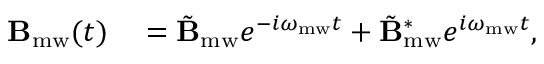
\begin{array} { r l } { \mathbf { B } _ { \mathrm { m w } } ( t ) } & { { } = \tilde { \mathbf { B } } _ { \mathrm { m w } } e ^ { - i \omega _ { \mathrm { m w } } t } + \tilde { \mathbf { B } } _ { \mathrm { m w } } ^ { * } e ^ { i \omega _ { \mathrm { m w } } t } , } \end{array}